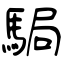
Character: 駶